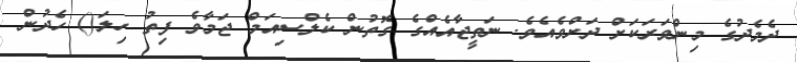
ދެމެދުގެ މިންވަރަކަށް ދަށްވެއެވެ. ނަތީޖާއެއްގެ ގޮތުން ކެލްސިއަމް ޖަމާވެ ފިތު ހިލަ() ހެދުން